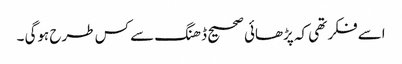
اسے فکر تھی کہ پڑھائی صحیح ڈھنگ سے کس طرح ہوگی ۔